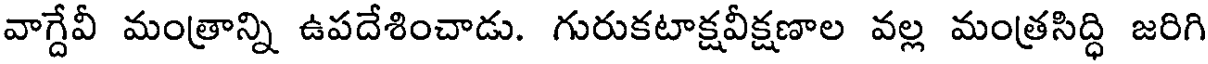
వాగ్దేవీ మంత్రాన్ని ఉపదేశించాడు. గురుకటాక్షవీక్షణాల వల్ల మంత్రసిద్ధి జరిగి